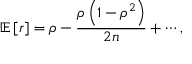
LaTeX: \operatorname { \mathbb { E } } \left[ r \right] = \rho - { \frac { \rho \left( 1 - \rho ^ { 2 } \right) } { 2 n } } + \cdots , \quad